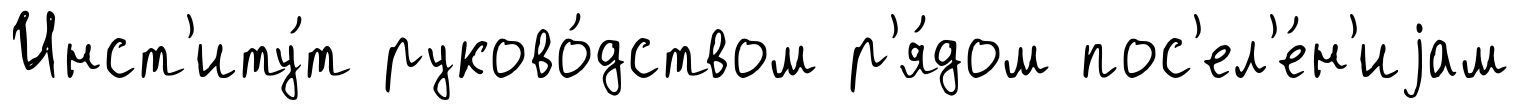
Инст'иту́т руково́дством р'я́дом пос'ел'е́н'иjам